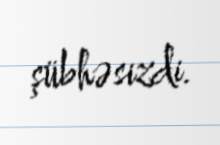
şübhəsizdi.